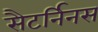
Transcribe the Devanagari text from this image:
सैटर्निनस